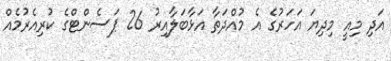
އަދި މިއީ މިދިޔަ އަހަރުގެ އެ މުއްދަތާ އަޅާބަލާއިރު 26 ޕަސެންޓްގެ ކުރިއެރުމެއް